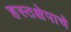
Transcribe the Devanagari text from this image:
हस्तक्षेपाचे